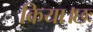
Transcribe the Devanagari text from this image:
किया।छः